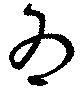
為